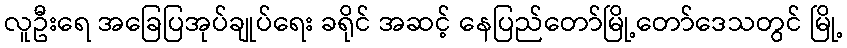
လူဦးရေ အခြေပြအုပ်ချုပ်ရေး ခရိုင် အဆင့် နေပြည်တော်မြို့တော်ဒေသတွင် မြို့